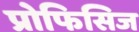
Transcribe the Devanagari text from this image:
प्रोफिसिज